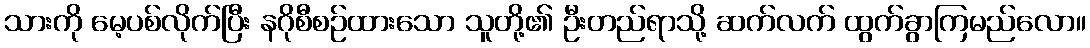
သားကို မေ့ပစ်လိုက်ပြီး နဂိုစီစဉ်ထားသော သူတို့၏ ဦးတည်ရာသို့ ဆက်လက် ထွက်ခွာကြမည်လော။